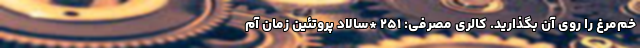
خم‌مرغ را روی آن بگذارید. کالری مصرفی: ۲۵۱ *سالاد پروتئین زمان آم